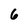
Character: 6